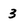
Character: 3